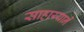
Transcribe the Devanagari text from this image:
साहाय्यानें